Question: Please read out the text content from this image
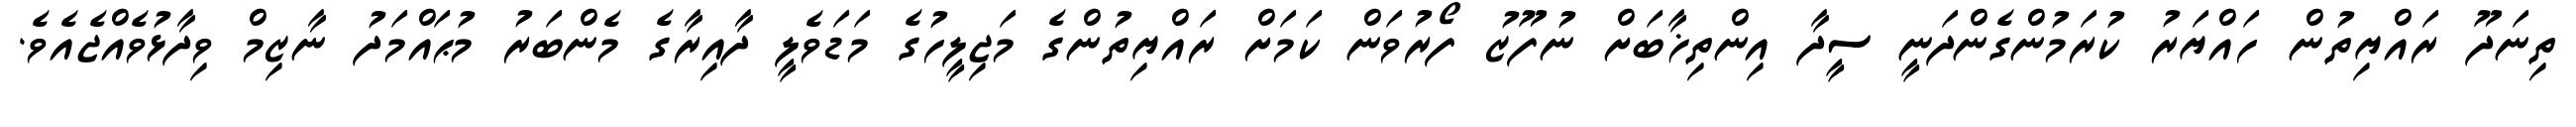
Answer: ތިނަދޫ ރައްޔިތުން ހައްޔަރު ކުރަމުންގެންދަނީ ސީދާ އިންތިޚާބަށް ނުފޫޒު ފޯރުވަން ކަމަށް ރައްޔިތުންގެ މަޖިލީހުގެ މަޑަވެލީ ދާއިރާގެ މެންބަރު މުޙައްމަދު ނާޒިމް ވިދާޅުވެއްޖެއެވެ.